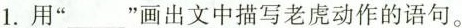
1.用”___”画出文中描写老虎动作的语句